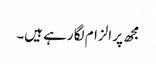
مجھ پر الزام لگا رہے ہیں۔